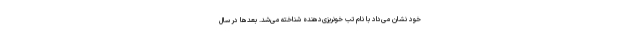
خود نشان می‌داد با نام تب خونریزی‌دهنده شناخته می‌شد. بعدها در سال